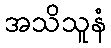
အသိသူနံ